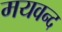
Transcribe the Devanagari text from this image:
मयवन्द